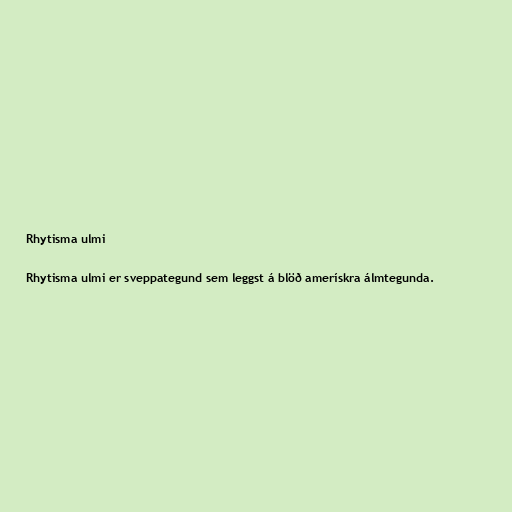
Rhytisma ulmi

Rhytisma ulmi er sveppategund sem leggst á blöð amerískra álmtegunda.